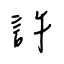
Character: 許